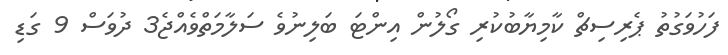
ފަހުވަގުތު ޕެރިސިޗް ކާމިޔާބުކުރި ގޯލުން އިންޓަ ބަލިނުވެ ސަލާމަތްވެއްޖެ3 ދުވަސް 9 ގަޑި